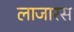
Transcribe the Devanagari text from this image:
लाजारस